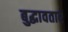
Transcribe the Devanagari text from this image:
बुद्धावतार